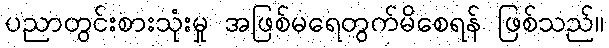
ပညာတွင်းစားသုံးမှု အဖြစ်မရေတွက်မိစေရန် ဖြစ်သည်။